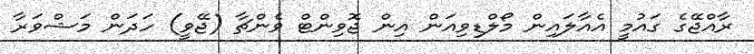
ރާއްޖޭގެ ގައުމީ އެއާލައިން މޯލްޑިވިއަން އިން ޖޮވިންޓް ވެންޗާ (ޖޭވީ) ހަދަން މަޝްވަރާ